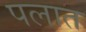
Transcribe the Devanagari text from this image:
पलात